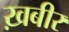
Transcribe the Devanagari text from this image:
ख़बीर